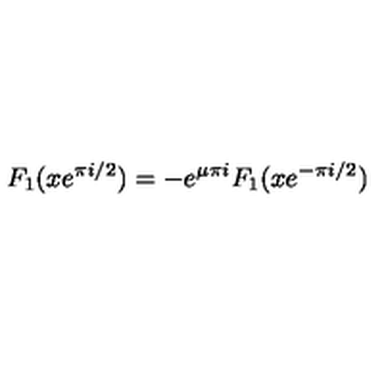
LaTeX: F _ { 1 } ( x e ^ { \pi i / 2 } ) = - e ^ { \mu \pi i } F _ { 1 } ( x e ^ { - \pi i / 2 } )